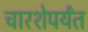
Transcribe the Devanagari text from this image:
चारशेपर्यंत